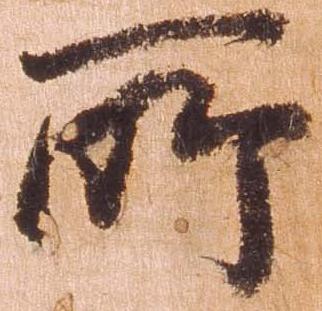
所